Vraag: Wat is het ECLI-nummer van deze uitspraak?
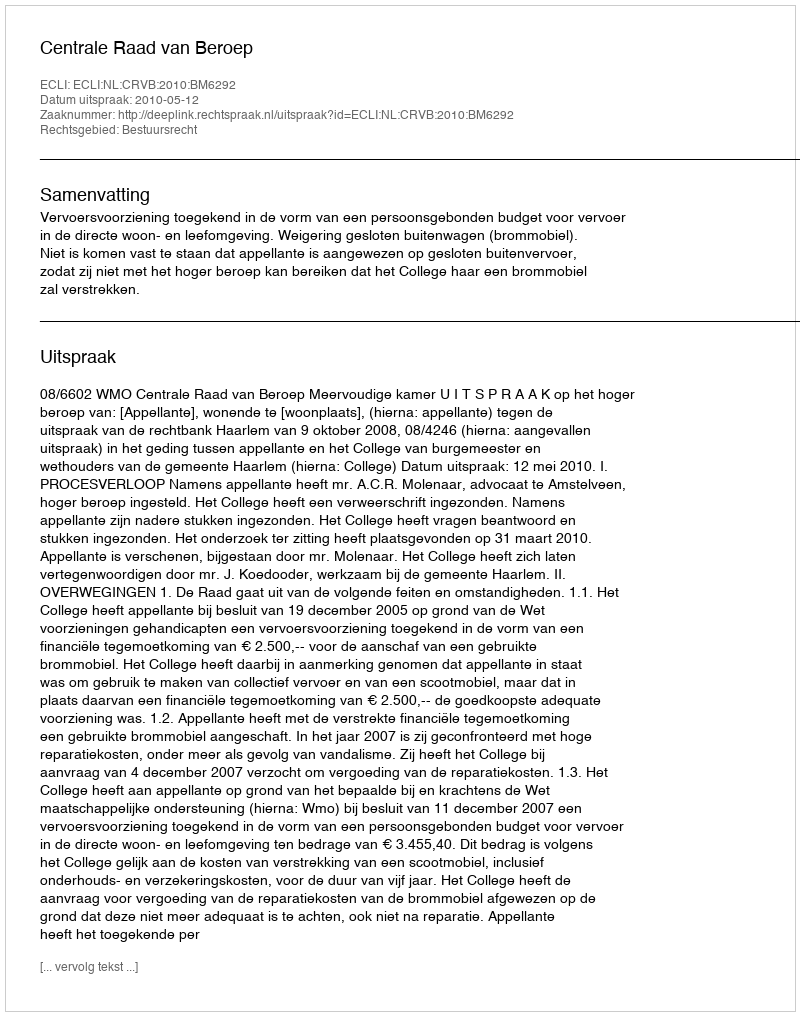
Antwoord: ECLI:NL:CRVB:2010:BM6292